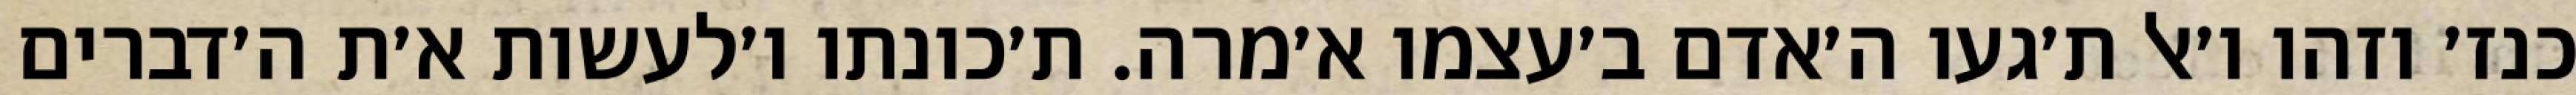
כנז׳ וזהו ו׳אל ת׳געו ה׳אדם ב׳עצמו א׳מרה. ת׳כונתו ו׳לעשות א׳ת ה׳דברים